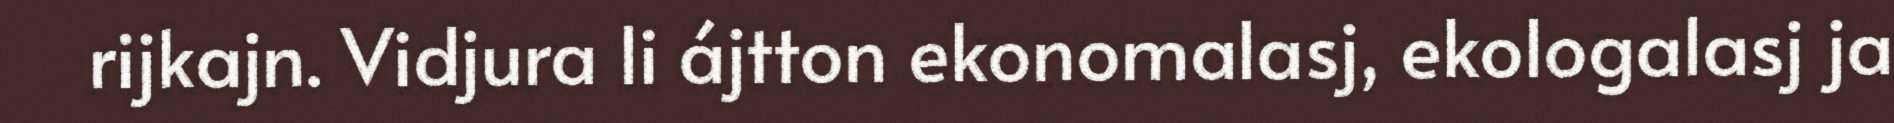
rijkajn. Vidjura li ájtton ekonomalasj, ekologalasj ja